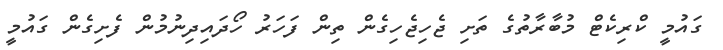
ގައުމީ ކްރިކެޓް މުބާރާތުގެ ތަށި ޖެހިޖެހިގެން ތިން ފަހަރު ހޯދައިދިނުމުން ފެށިގެން ގައުމީ